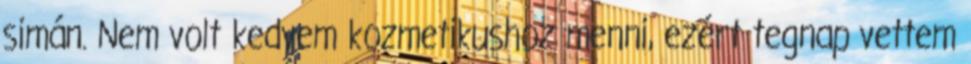
simán. Nem volt kedvem kozmetikushoz menni, ezért tegnap vettem